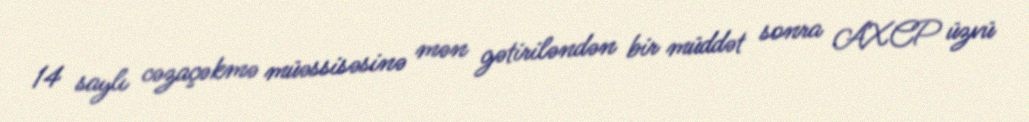
14 saylı cəzaçəkmə müəssisəsinə mən gətiriləndən bir müddət sonra AXCP üzvü